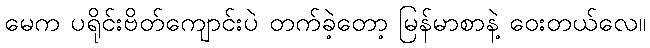
မေက ပရိုင်းဗိတ်ကျောင်းပဲ တက်ခဲ့တော့ မြန်မာစာနဲ့ ဝေးတယ်လေ။